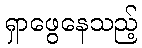
ရှာဖွေနေသည့်